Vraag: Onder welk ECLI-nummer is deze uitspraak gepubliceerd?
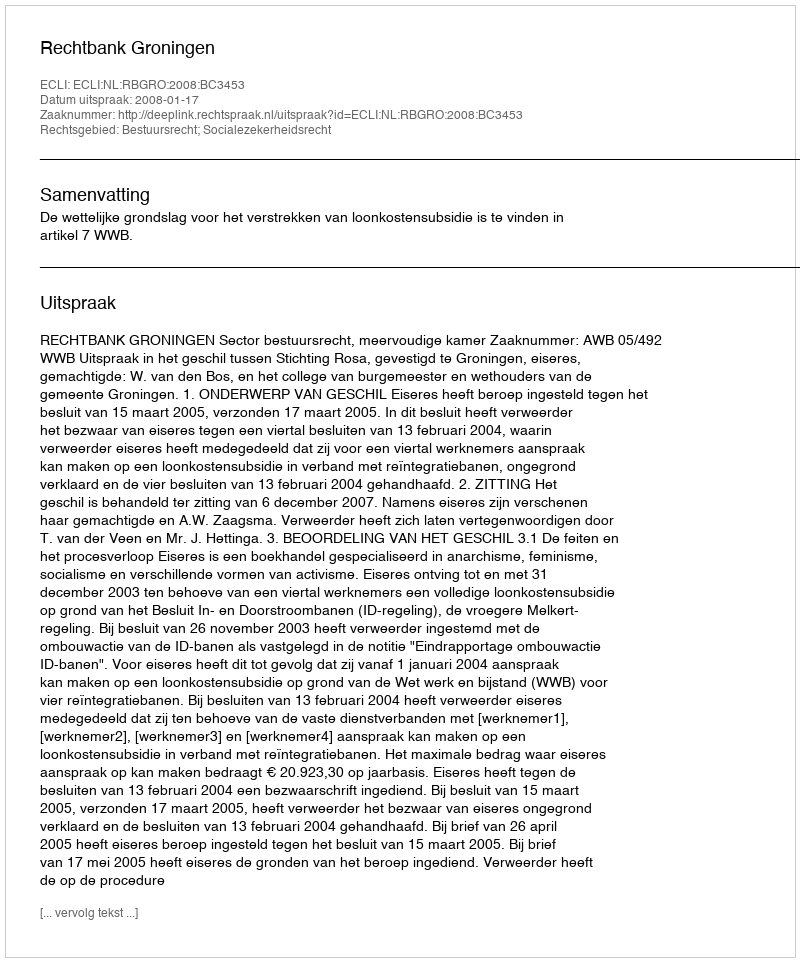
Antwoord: ECLI:NL:RBGRO:2008:BC3453